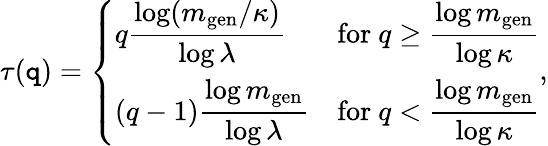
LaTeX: \tau(\mathtt{q})=\left\{ \begin{array}{ll}{q\displaystyle\frac{\log(m_{\mathrm{gen}}/\kappa)}{\log\lambda}}&{\mathrm{for~}q\ge\displaystyle\frac{\log m_{\mathrm{gen}}}{\log\kappa}}\\ {(q-1)\displaystyle\frac{\log m_{\mathrm{gen}}}{\log\lambda}}&{\mathrm{for~}q<\displaystyle\frac{\log m_{\mathrm{gen}}}{\log\kappa}}\end{array}\right.,